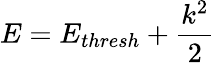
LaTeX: E=E_{thresh}+\frac{k^{2}}{2}